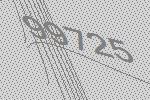
99725